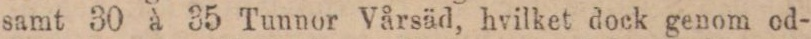
samt 30 à 35 Tunnor Vårsäd, hvilket dock genom od-